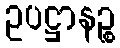
ဥပဋ္ဌာနဉ္စ